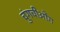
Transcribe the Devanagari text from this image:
चुंगचीओंग